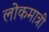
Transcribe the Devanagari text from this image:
लोकमात्री